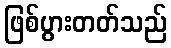
ဖြစ်ပွားတတ်သည်